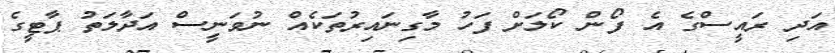
އަދި ރައީސްގެ އެ ފޯން ކޯލަށް ފަހު މާގިނައިރުތަކެއް ނުވަނީސް އަދާލަތު ޕާޓީގެ